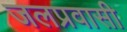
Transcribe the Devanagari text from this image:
जलप्रवासी